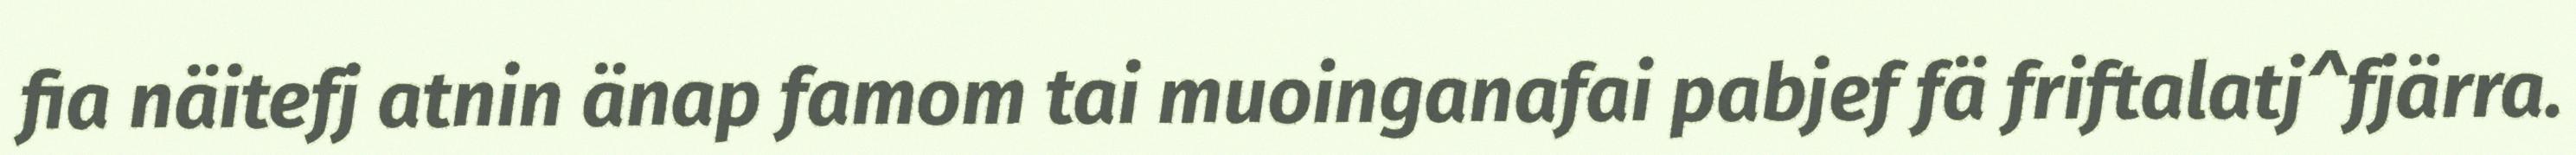
fia näitefj atnin änap famom tai muoinganafai pabjef fä friftalatj^fjärra.